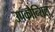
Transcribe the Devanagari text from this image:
उपकौन्सिल